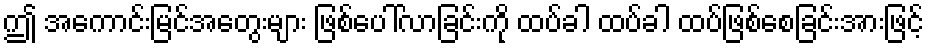
ဤ အကောင်းမြင်အတွေးများ ဖြစ်ပေါ်လာခြင်းကို ထပ်ခါ ထပ်ခါ ထပ်ဖြစ်စေခြင်းအားဖြင့်